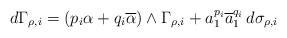
LaTeX: \begin{align*}d\Gamma_{\rho,i}=(p_i\alpha+q_i\overline\alpha)\wedge\Gamma_{\rho,i}+a_1^{p_i}\overline a_1^{q_i}\,d\sigma_{\rho,i}\end{align*}